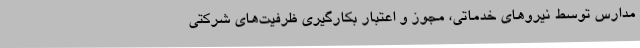
مدارس توسط نیروهای خدماتی، مجوز و اعتبار بکارگیری ظرفیت‌های شرکتی